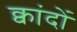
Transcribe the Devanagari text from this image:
क्वांदों